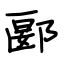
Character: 郾